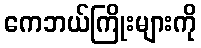
ကေဘယ်ကြိုးများကို